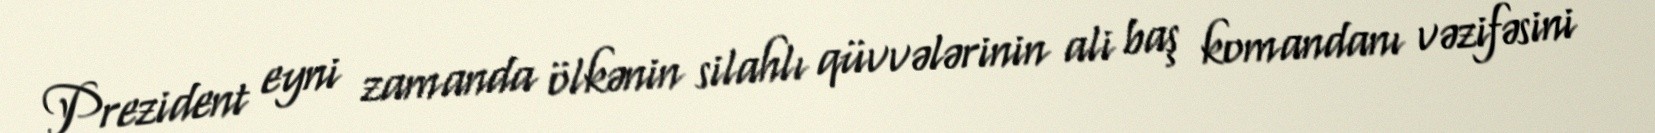
Prezident eyni zamanda ölkənin silahlı qüvvələrinin ali baş komandanı vəzifəsini